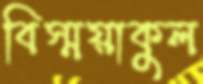
বিস্ময়াকুল